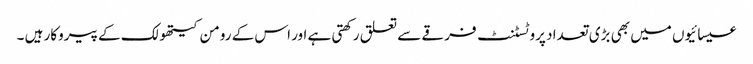
عیسائیوں میں بھی بڑی تعداد پروٹسٹنٹ فرقے سے تعلق رکھتی ہے اور اس کے رومن کیتھولک کے پیروکار ہیں ۔